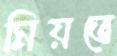
মিয়তে